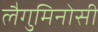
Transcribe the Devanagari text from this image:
लैगुमिनोसी